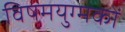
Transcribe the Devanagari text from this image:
विषमयुग्मकों